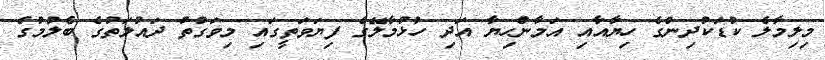
މިލިމާލެ ކުޑަކުދިންގެ ހިޔާއާއި އަމާންހިޔާ އަދި ހުޅުމާލޭގެ ފިޔަވަތީގައި މިވަގުތު ދައުލަތުގެ ބެލުމުގެ